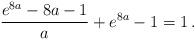
LaTeX: \begin{align*}\frac{e^{8a}-8a-1}{a}+e^{8a}-1=1\,.\end{align*}